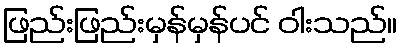
ဖြည်းဖြည်းမှန်မှန်ပင် ဝါးသည်။